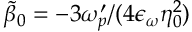
\tilde { \beta } _ { 0 } = - 3 \omega _ { p } ^ { \prime } / ( 4 \epsilon _ { \omega } \eta _ { 0 } ^ { 2 } )